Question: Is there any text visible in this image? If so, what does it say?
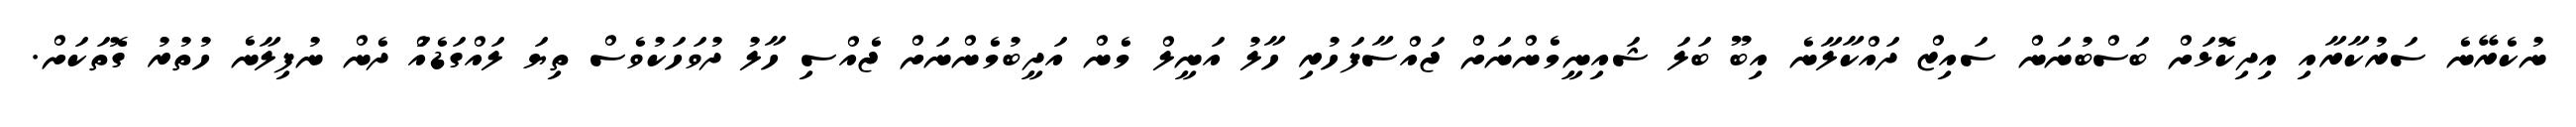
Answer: ނުކެރޭނެ ސަރުކާރާއި އިދިކޮޅަށް ބަސްބުނަން ސައިޒް ދައްކާލާނެ އިބޫ ބަލަ ޝައިނީމެންނަށް ޖައްސާފަހުރި ހާލު އަނީލް މެން އަދީބުމެންނަށް ޖެއްސި ހާލު ދުވަހަކުވެސް ތިޔަ ލައްގަޑެއްަ ދެން ނުފިލާނެ ހުތުރު ގޮތަކަށް.